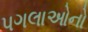
પગલાઓનો